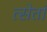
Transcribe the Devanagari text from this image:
त्सेतां